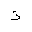
Letter: _thal